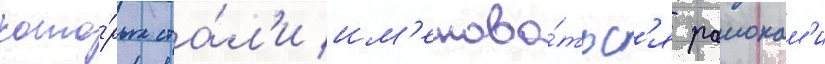
кото́рых ста́л'и им'енова́тьс'я раионам'и